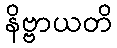
နိဗ္ဗာယတိ